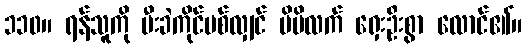
၁၁၀။ ရန်သူကို မီးခဲကိုင်ပစ်လျှင် မိမိလက် ရှေးဦးစွာ လောင်၏။